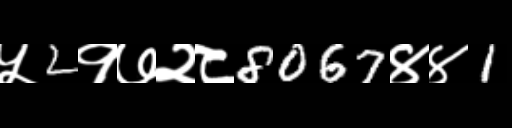
Text: ५2१७२८8067४४1